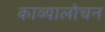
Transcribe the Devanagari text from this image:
काव्यालोचन